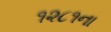
૧૨૮૧ના